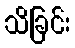
သိခြင်း